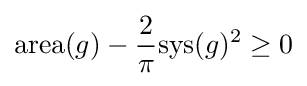
\mathrm {area} (g)-{\frac {2}{\pi }}\mathrm {sys} (g)^{2}\geq 0